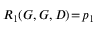
R _ { 1 } ( G , G , D ) \! = \! p _ { 1 }